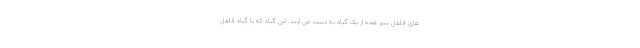
های فلفل سبز همه از یک گیاه به دست می آیند. این گیاه که یا گیاه فلفل